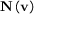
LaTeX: \mathbf { N } \left( \mathbf { v } \right)